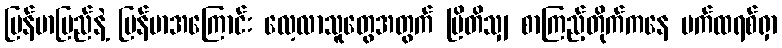
မြန်မာပြည်နဲ့ မြန်မာအကြောင်း လေ့လာသူတွေအတွက် ဗြိတိသျှ စာကြည့်တိုက်ကနေ ပက်ထရစ်ရှာ